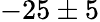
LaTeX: -25\pm 5